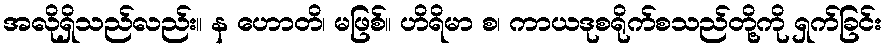
အလိုရှိသည်လည်း။ န ဟောတိ၊ မဖြစ်။ ဟိရိမာ စ၊ ကာယဒုစရိုက်စသည်တို့ကို ရှက်ခြင်း